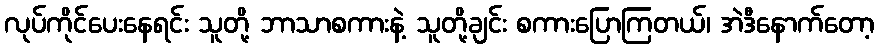
လုပ်ကိုင်ပေးနေရင်း သူတို့ ဘာသာစကားနဲ့ သူတို့ချင်း စကားပြောကြတယ်၊ အဲဒီနောက်တော့